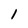
Character: 1